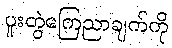
ပူးတွဲကြေညာချက်ကို